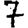
Digit: 7